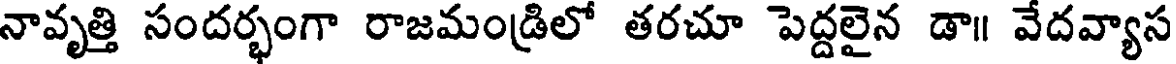
నావృత్తి సందర్భంగా రాజమండ్రిలో తరచూ పెద్దలైన డా॥ వేదవ్యాస